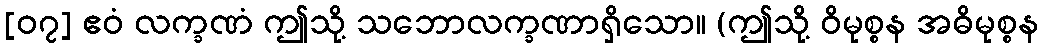
[၀၇] ဧဝံ လက္ခဏံ ဤသို့ သဘောလက္ခဏာရှိသော။ (ဤသို့ ဝိမုစ္စန အဓိမုစ္စန